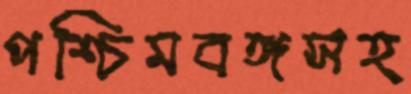
পশ্চিমবঙ্গসহ